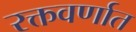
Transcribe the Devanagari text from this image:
रक्तवर्णात